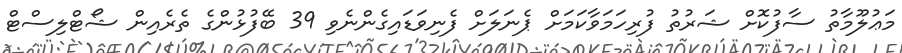
މަޢުލޫމާތު ސާފުކޮށް ޝަރުތު ފުރިހަމަވާކަމަށް ޕެނަލަށް ފެނިވަޑައިގެންނެވި 39 ބޭފުޅުންގެ ތެރެއިން ޝޯޓްލިސްޓް